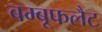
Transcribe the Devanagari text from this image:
बम्बूफलैट